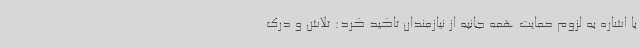
با اشاره به لزوم حمایت همه جانبه از نیازمندان تاکید کرد: تلاش و درک